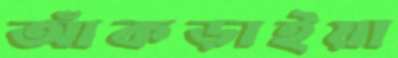
আঁকড়াইয়া